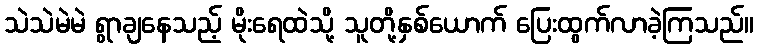
သဲသဲမဲမဲ ရွာချနေသည့် မိုးရေထဲသို့ သူတို့နှစ်ယောက် ပြေးထွက်လာခဲ့ကြသည်။